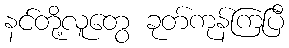
နင်တို့လူတွေ ခုတ်ကုန်ကြပြီ